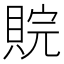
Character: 𮚉